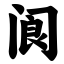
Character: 阆